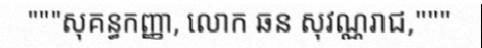
"""សុគន្ធកញ្ញា, លោក ឆន សុវណ្ណរាជ,"""